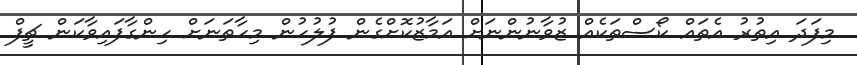
މިފަދަ އިތުރު އެތައް ކޯސްތަކެއް ޒުވާނުންނަށް އަމާޒުކޮށްގެން ފުލުހުން މިހާތަނަށް ހިންގާފައިވާކަން ޗީފް